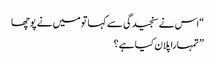
“اس نے سنجیدگی سے کہاتو میں نے پوچھا
” تمہارا پلان کیا ہے؟